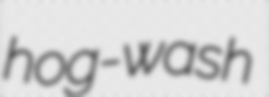
hog-wash